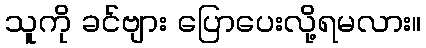
သူကို ခင်ဗျား ပြောပေးလို့ရမလား။